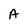
Character: A